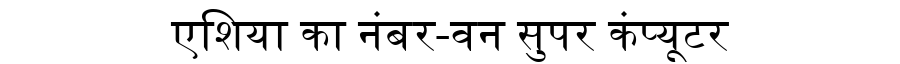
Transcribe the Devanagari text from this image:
एशिया का नंबर-वन सुपर कंप्यूटर